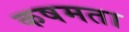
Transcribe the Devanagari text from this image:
कषमता